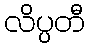
လိပ္ပတီ